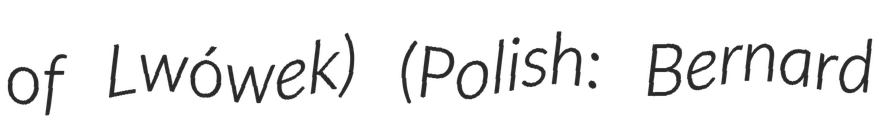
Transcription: of Lwówek) (Polish: Bernard